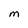
Character: M